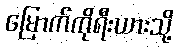
မြောက်ကိုရီးယားသို့